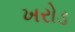
ખરોડ